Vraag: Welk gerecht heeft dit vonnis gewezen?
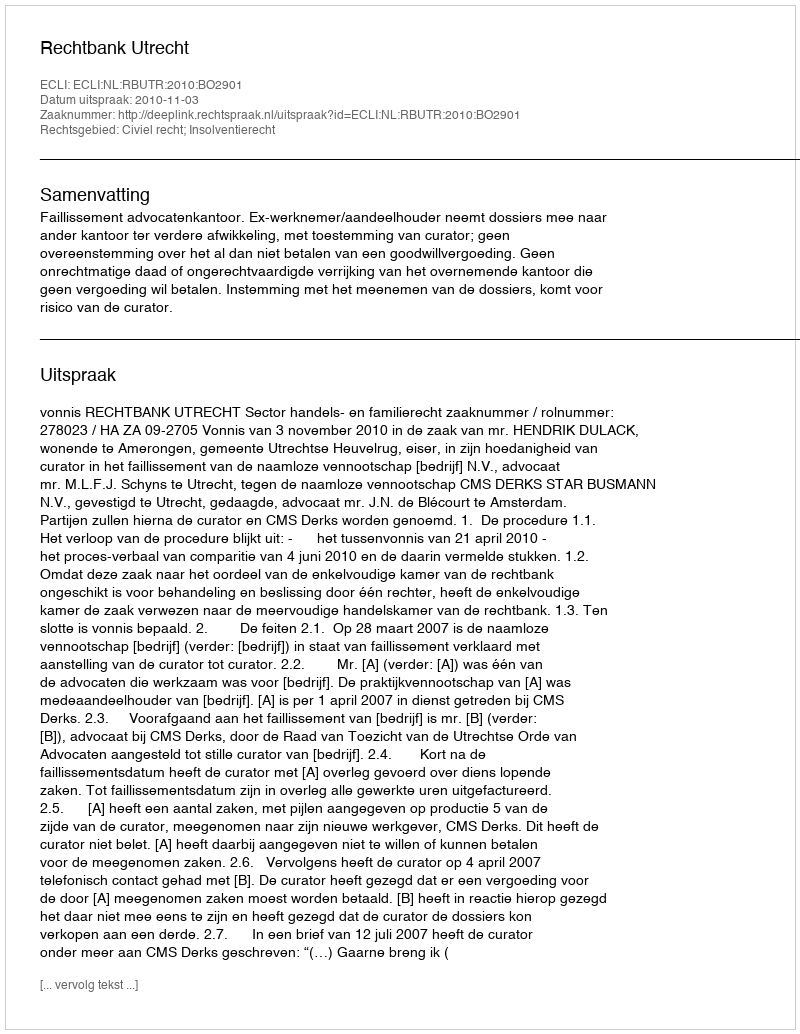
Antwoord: Rechtbank Utrecht